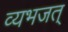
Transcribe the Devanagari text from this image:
व्यभजत्